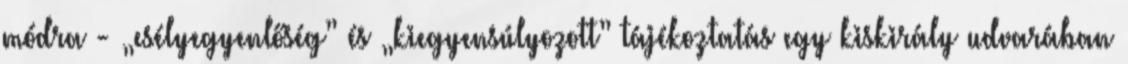
módra - „esélyegyenlőség” és „kiegyensúlyozott” tájékoztatás egy kiskirály udvarában